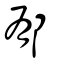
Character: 郁